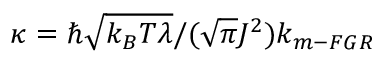
\kappa = \hbar \sqrt { k _ { B } T \lambda } / ( \sqrt { \pi } J ^ { 2 } ) k _ { m - F G R }